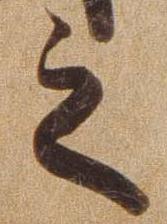
之